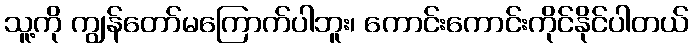
သူ့ကို ကျွန်တော်မကြောက်ပါဘူး၊ ကောင်းကောင်းကိုင်နိုင်ပါတယ်